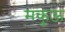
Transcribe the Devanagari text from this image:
मकुऊ